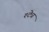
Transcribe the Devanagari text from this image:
श्ट्ये